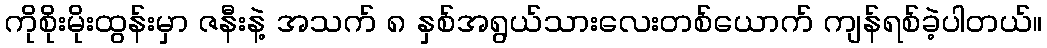
ကိုစိုးမိုးထွန်းမှာ ဇနီးနဲ့ အသက် ၈ နှစ်အရွယ်သားလေးတစ်ယောက် ကျန်ရစ်ခဲ့ပါတယ်။